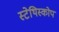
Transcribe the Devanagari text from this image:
स्टेथिस्कोप